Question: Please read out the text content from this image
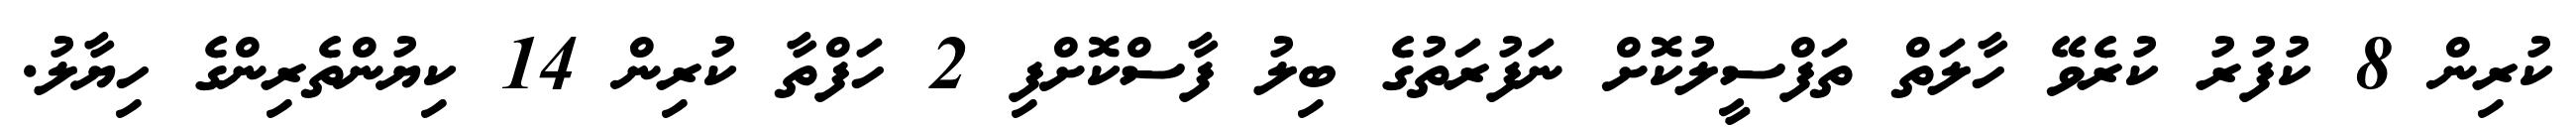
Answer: ކުރިން 8 ކުފުރު ކުރެވޭ ހާލަތް ތަފްސީލުކޮށް ނަފުރަތުގެ ބިލު ފާސްކޮށްފި 2 ހަފްތާ ކުރިން 14 ކިޔުންތެރިންގެ ހިޔާލު.